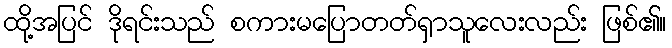
ထို့အပြင် ဒိုရင်းသည် စကားမပြောတတ်ရှာသူလေးလည်း ဖြစ်၏။